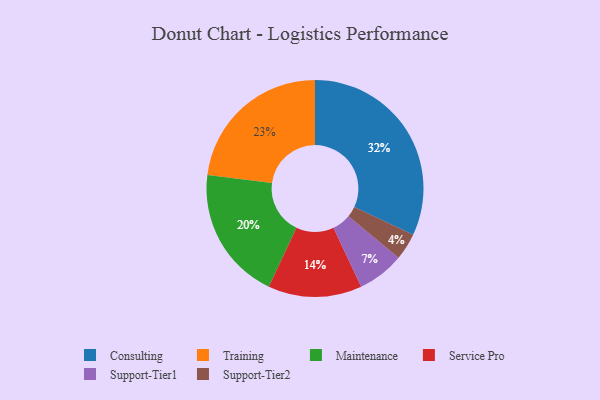
{"axis": {"x": "Category", "y": "Percentage"}, "legend": ["Consulting", "Maintenance", "Service Pro", "Support-Tier1", "Support-Tier2", "Training"], "data": [{"x": "Consulting", "y": 32, "type": "Consulting"}, {"x": "Maintenance", "y": 20, "type": "Maintenance"}, {"x": "Training", "y": 23, "type": "Training"}, {"x": "Service Pro", "y": 14, "type": "Service Pro"}, {"x": "Support-Tier1", "y": 7, "type": "Support-Tier1"}, {"x": "Support-Tier2", "y": 4, "type": "Support-Tier2"}]}